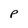
Character: p